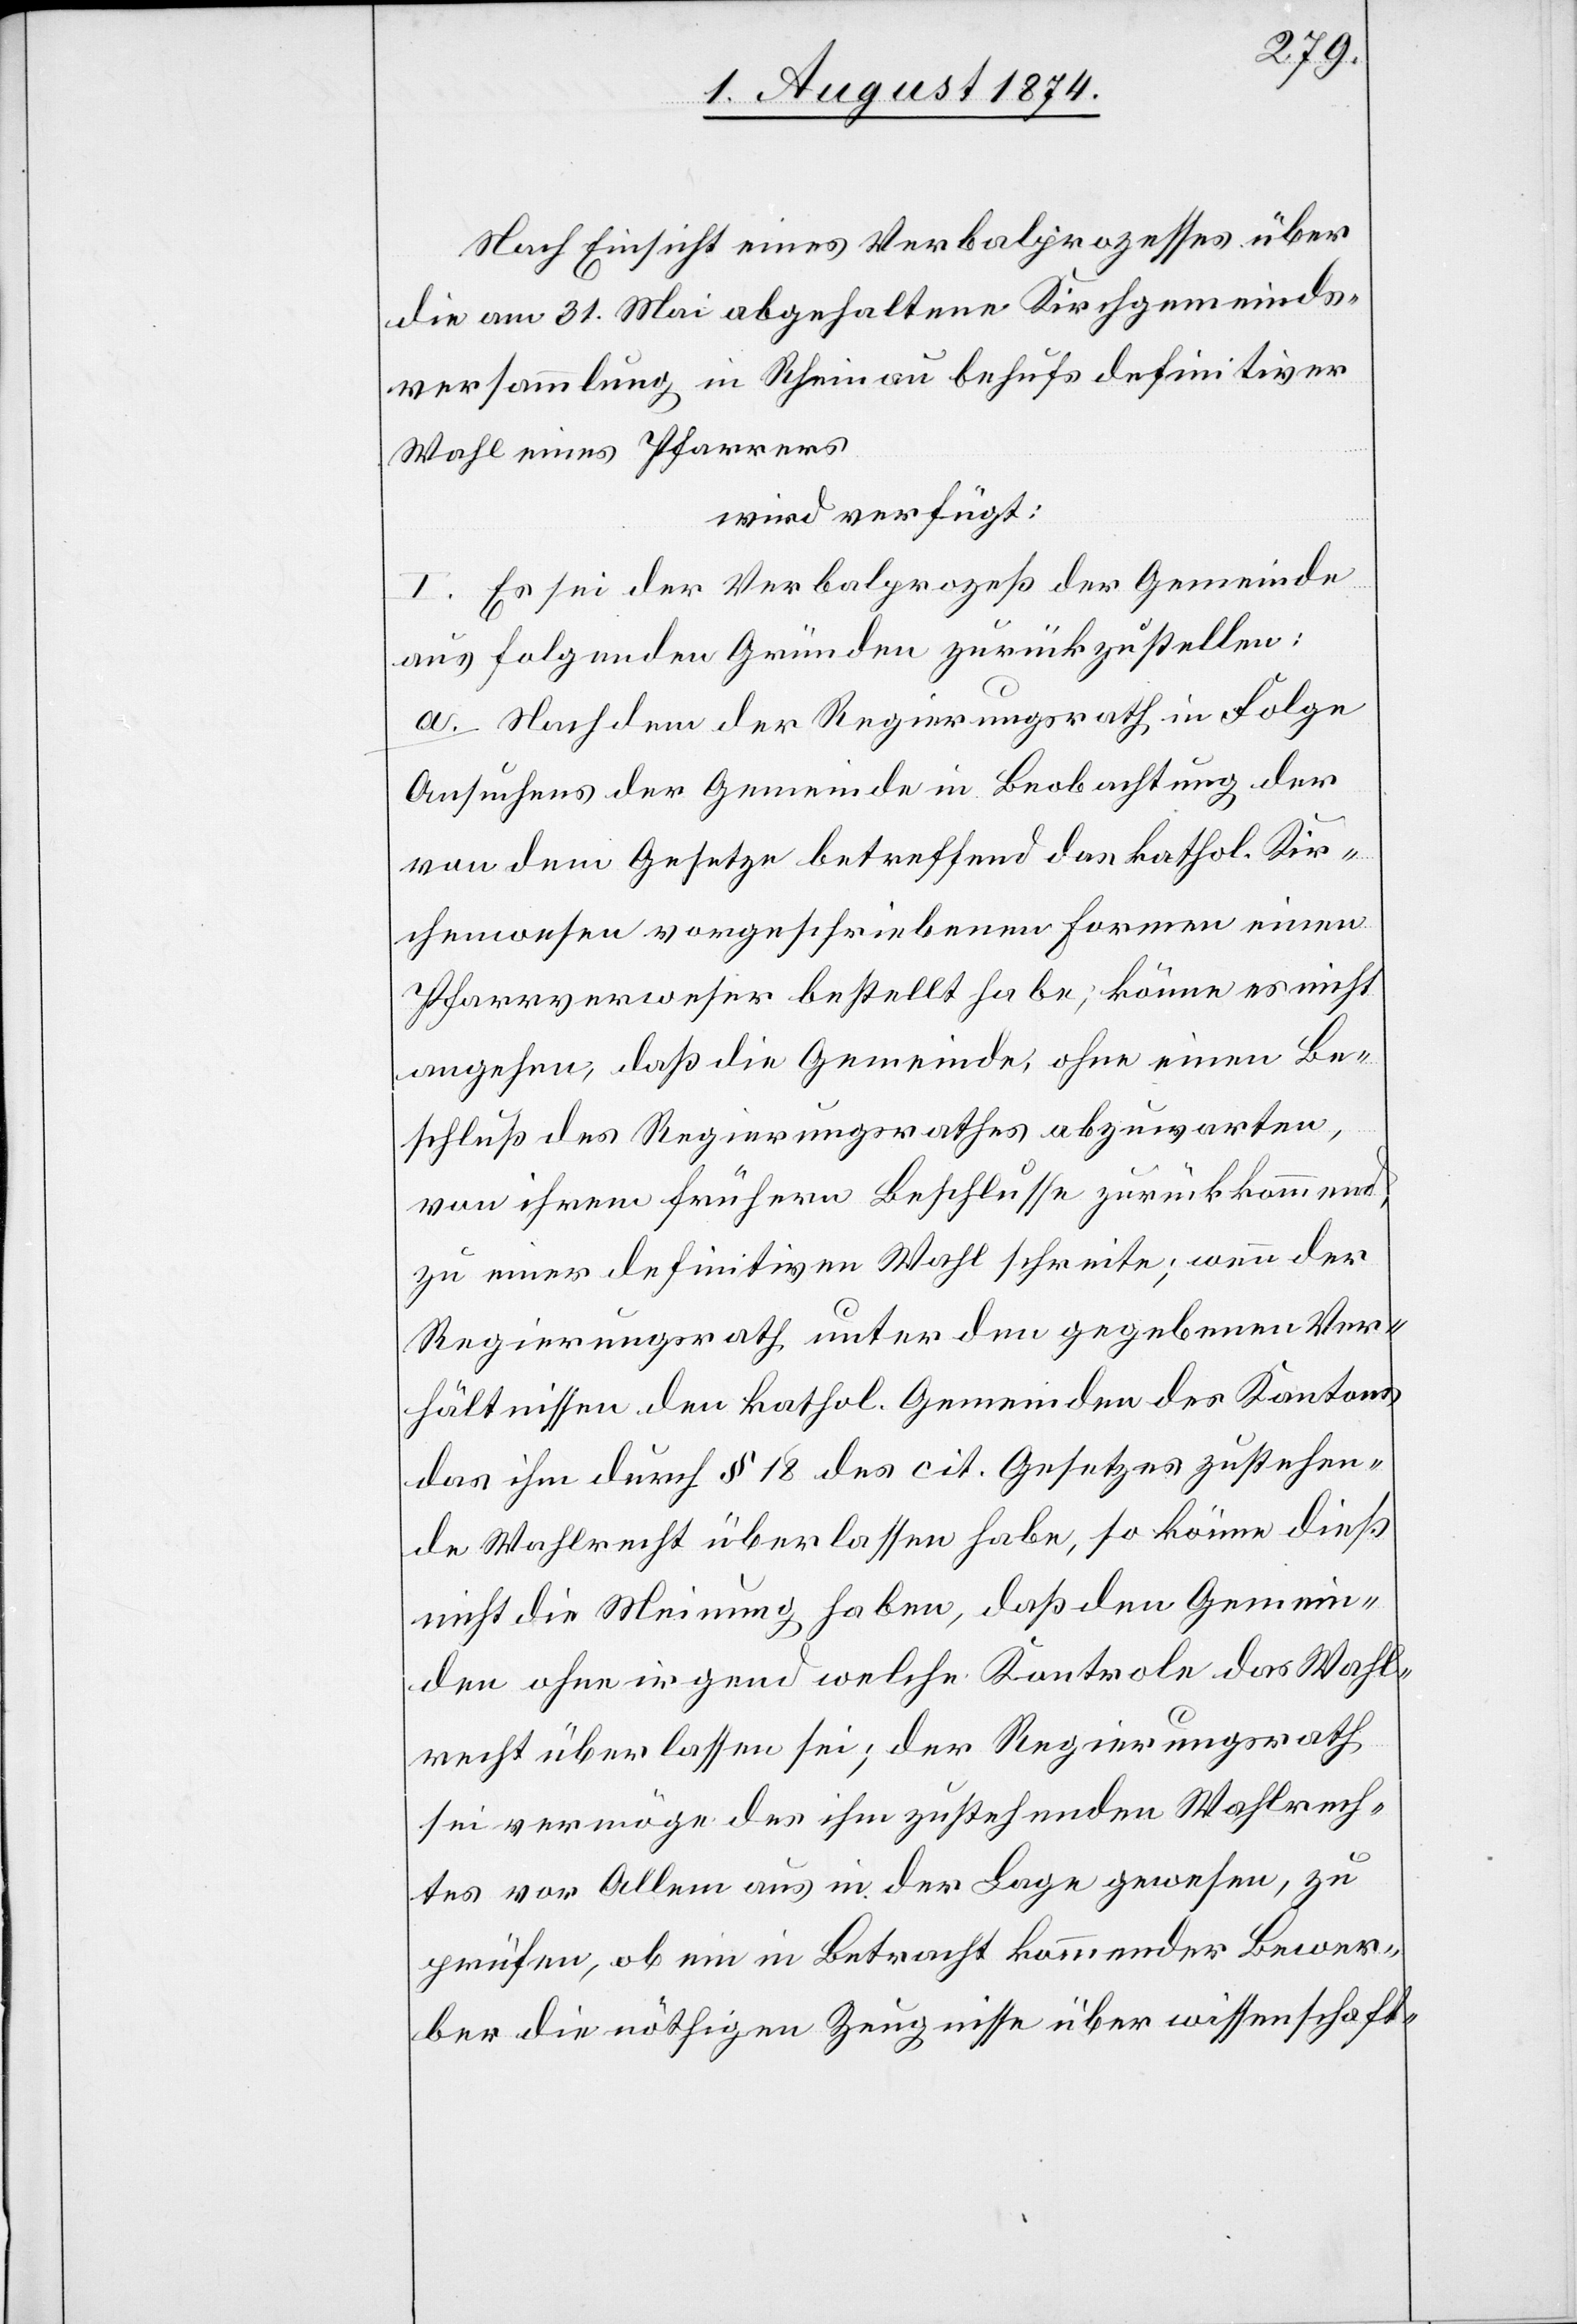
Nach Einsicht eines Verbalprozesses über
die am 31. Mai abgehaltene Kirchgemeinds¬
versammlung in Rheinau behufs definitiver
Wahl eines Pfarrers
wird verfügt:
I. Es sei der Verbalprozeß der Gemeinde
aus folgenden Gründen zurückzustellen:
a. Nachdem der Regierungsrath in Folge
Ansuchens der Gemeinde in Beobachtung der
von dem Gesetze betreffend das kathol. Kir¬
chenwesen vorgeschriebenen Formen einen
Pfarrverweser bestellt habe, könne es nicht
angehen, daß die Gemeinde, ohne einen Be¬
schluß des Regierungsrathes abzuwarten,
von ihrem frühern Beschlusse zurückkommend,
zu einer definitiven Wahl schreite; wenn der
Regierungsrath unter den gegebenen Ver¬
hältnissen den kathol. Gemeinden des Kantons
das ihm durch § 18 des cit. Gesetzes zustehen¬
de Wahlrecht überlassen habe, so könne dieß
nicht die Meinung haben, daß den Gemein¬
den ohne irgend welche Kontrole das Wahl¬
recht überlassen sei; der Regierungsrath
sei vermöge des ihm zustehenden Wahlrech¬
tes vor Allem aus in der Lage gewesen, zu
prüfen, ob ein in Betracht kommender Bewer¬
ber die nöthigen Zeugnisse über wissenschaft-